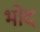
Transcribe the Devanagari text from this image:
भोद